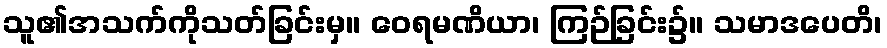
သူ၏အသက်ကိုသတ်ခြင်းမှ။ ဝေရမဏိယာ၊ ကြဉ်ခြင်း၌။ သမာဒပေတိ၊